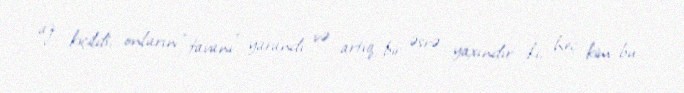
az kiçildi, onların “tavanı” yarandı və artıq bir əsrə yaxındır ki, heç kim bu